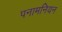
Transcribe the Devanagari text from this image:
पनामनियन